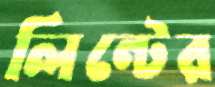
লিন্টের